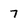
Character: 7